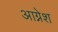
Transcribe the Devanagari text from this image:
आग्नेश